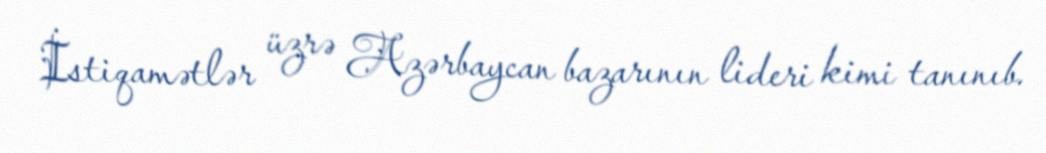
İstiqamətlər üzrə Azərbaycan bazarının lideri kimi tanınıb.